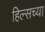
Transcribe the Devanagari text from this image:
हिल्सच्या